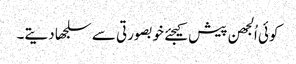
کوئی اُلجھن پیش کیجئے خوبصورتی سے سلجھا دیتے۔